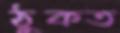
ঠুকত